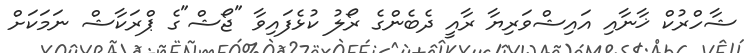
ޝާހްރުކް ޚާނާއި އައިޝްވަރިޔާ ރާއީ ދެބެންގެ ރޯލު ކުޅެފައިވާ "ޖޯޝް"ގެ ޕްރަކާޝް ނަމަކަށް